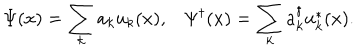
LaTeX: \Psi ( x ) = \sum _ { k } a _ { k } u _ { k } ( x ) , \Psi ^ { \dagger } ( x ) = \sum _ { k } a _ { k } ^ { \dagger } u _ { k } ^ { * } ( x ) .